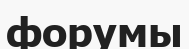
форумы